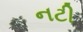
નટી